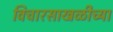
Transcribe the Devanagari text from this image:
विचारसाखळीच्या